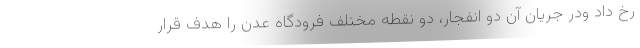
رخ داد ودر جریان آن دو انفجار، دو نقطه مختلف فرودگاه عدن را هدف قرار